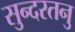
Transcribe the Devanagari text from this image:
सुन्दरतनु